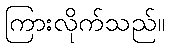
ကြားလိုက်သည်။